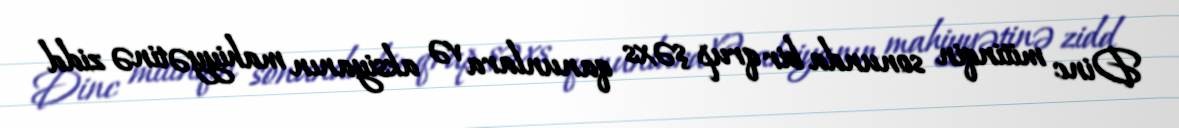
Dinc mitinqin sonunda bir qrup şəxs qanunlara və aksiyanın mahiyyətinə zidd